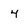
Character: 4